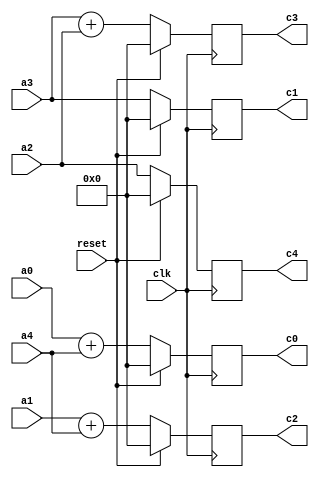
module square(clk,reset,
	     a0,a1,a2,a3,a4,
	     c0,c1,c2,c3,c4);

input clk;
input reset;

input [7:0] a0;
input [7:0] a1;
input [7:0] a2;
input [7:0] a3;
input [7:0] a4;


output [7:0] c0;
output [7:0] c1;
output [7:0] c2;
output [7:0] c3;
output [7:0] c4;

wire clk;
wire reset;

wire [7:0] a0;
wire [7:0] a1;
wire [7:0] a2;
wire [7:0] a3;
wire [7:0] a4;

reg [7:0] c0;
reg [7:0] c1;
reg [7:0] c2;
reg [7:0] c3;
reg [7:0] c4;


always@(posedge clk)
		begin
			if(reset == 1)
				begin
				   c0 <= 8'd0;
				   c1 <= 8'd0;
				   c2 <= 8'd0;
				   c3 <= 8'd0;
				   c4 <= 8'd0;
				end
		       else
				begin
				   c0 <= a0 + a4;
				   c1 <= a3;
				   c2 <= a1 + a4;
				   c3 <= a3 + a2;
				   c4 <= a2;
				end
	    end

endmodule